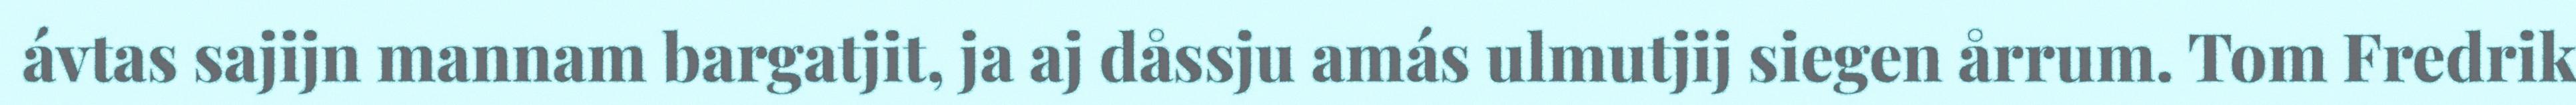
ávtas sajijn mannam bargatjit, ja aj dåssju amás ulmutjij siegen årrum. Tom Fredrik